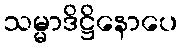
သမ္မာဒိဋ္ဌိနောပေ